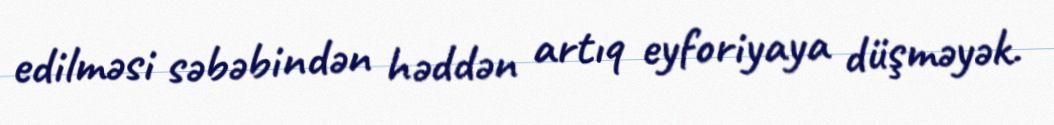
edilməsi səbəbindən həddən artıq eyforiyaya düşməyək.